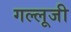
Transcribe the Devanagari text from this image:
गल्लूजी